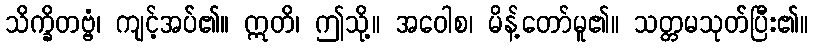
သိက္ခိတဗ္ဗံ၊ ကျင့်အပ်၏။ ဣတိ၊ ဤသို့။ အဝေါစ၊ မိန့်တော်မူ၏။ သတ္တမသုတ်ပြီး၏။